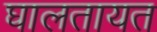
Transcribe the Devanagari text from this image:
घालतायत